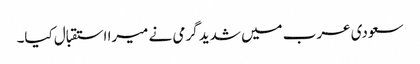
سعودی عرب میں شدید گرمی نے میرا استقبال کیا۔